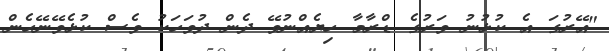
"އޭރުގަ އެ ކުޅުނު ވަރުގެ ޑްރާމާ ހިޔެއްނުވޭ ދެން ދުވަހަކު ވެސް ކުޅެވޭނޭހެން